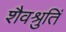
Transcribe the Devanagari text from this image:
शैवश्रुतिं